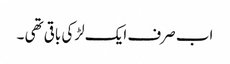
اب صرف ایک لڑکی باقی تھی ۔